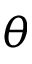
\theta